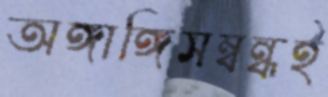
অঙ্গাঙ্গিসম্বন্ধই